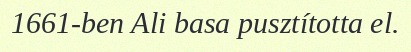
1661-ben Ali basa pusztította el.